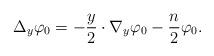
LaTeX: \begin{align*}\Delta_y \varphi_0 = -\frac{y}{2}\cdot \nabla_y\varphi_0-\frac{n}{2}\varphi_0.\end{align*}